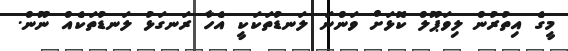
މީގެ އިތުރުން ލިވަޕޫލް ކޮޅަށް ވަންނަ ލަނޑުތަކަކީ އެހާ ރަނގަޅު ލަނޑުތަކެއް ނޫން.